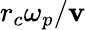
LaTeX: r_{c}\omega_{p}/\mathbf{v}